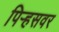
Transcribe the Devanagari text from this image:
पिर्‍हसवर